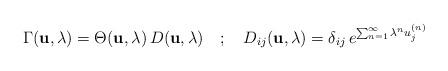
LaTeX: \begin{align*}\Gamma ({\bf u}, \lambda) = \Theta ({\bf u}, \lambda)\, D ({\bf u}, \lambda) \quad ; \quad D_{ij} ({\bf u}, \lambda) = \delta_{ij} \, e^{\sum^{\infty}_{n=1} \lambda^n u_j^{(n)}} \end{align*}